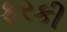
ફરકી